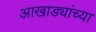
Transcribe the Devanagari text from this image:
आखाड्यांच्या